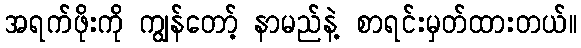
အရက်ဖိုးကို ကျွန်တော့် နာမည်နဲ့ စာရင်းမှတ်ထားတယ်။